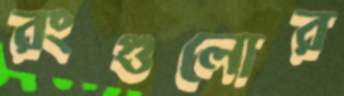
রংগুলোর